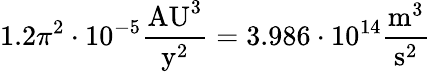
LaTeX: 1.2\pi^{2}\cdot 10^{-5}{\frac{{\mathrm{AU}}^{3}}{{\mathrm{y}}^{2}}}=3.986\cdot 10^{14}{\frac{{\mathrm{m}}^{3}}{{\mathrm{s}}^{2}}}